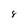
Character: 8